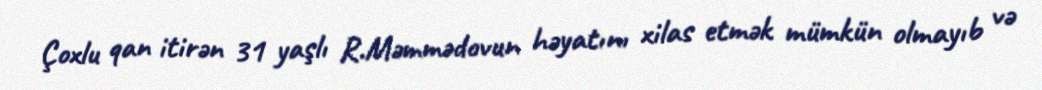
Çoxlu qan itirən 31 yaşlı R.Məmmədovun həyatını xilas etmək mümkün olmayıb və